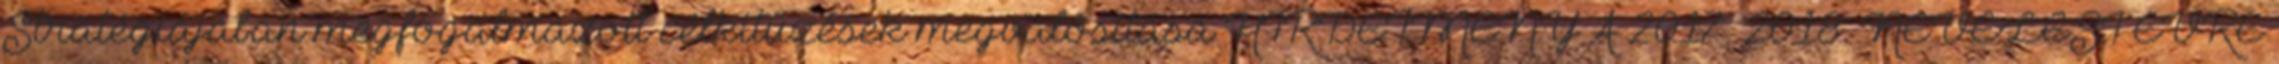
Stratégiájában megfogalmazott célkitűzések megvalósítása HIRDETMÉNY A 2017 2018. NEVELÉSI ÉVRE